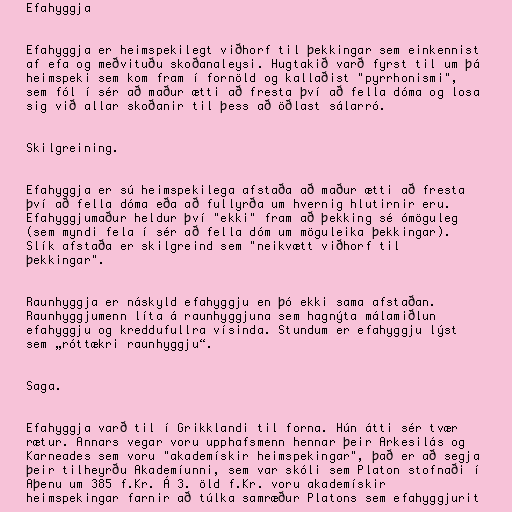
Efahyggja

Efahyggja er heimspekilegt viðhorf til þekkingar sem einkennist
af efa og meðvituðu skoðanaleysi. Hugtakið varð fyrst til um þá
heimspeki sem kom fram í fornöld og kallaðist "pyrrhonismi",
sem fól í sér að maður ætti að fresta því að fella dóma og losa
sig við allar skoðanir til þess að öðlast sálarró.

Skilgreining.

Efahyggja er sú heimspekilega afstaða að maður ætti að fresta
því að fella dóma eða að fullyrða um hvernig hlutirnir eru.
Efahyggjumaður heldur því "ekki" fram að þekking sé ómöguleg
(sem myndi fela í sér að fella dóm um möguleika þekkingar).
Slík afstaða er skilgreind sem "neikvætt viðhorf til
þekkingar".

Raunhyggja er náskyld efahyggju en þó ekki sama afstaðan.
Raunhyggjumenn líta á raunhyggjuna sem hagnýta málamiðlun
efahyggju og kreddufullra vísinda. Stundum er efahyggju lýst
sem „róttækri raunhyggju“.

Saga.

Efahyggja varð til í Grikklandi til forna. Hún átti sér tvær
rætur. Annars vegar voru upphafsmenn hennar þeir Arkesilás og
Karneades sem voru "akademískir heimspekingar", það er að segja
þeir tilheyrðu Akademíunni, sem var skóli sem Platon stofnaði í
Aþenu um 385 f.Kr. Á 3. öld f.Kr. voru akademískir
heimspekingar farnir að túlka samræður Platons sem efahyggjurit